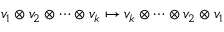
v _ { 1 } \otimes v _ { 2 } \otimes \cdots \otimes v _ { k } \mapsto v _ { k } \otimes \cdots \otimes v _ { 2 } \otimes v _ { 1 }